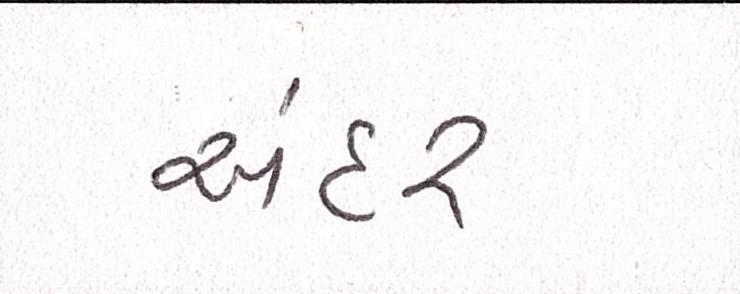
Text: અંદર